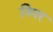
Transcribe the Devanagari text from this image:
निपर